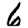
Digit: 6